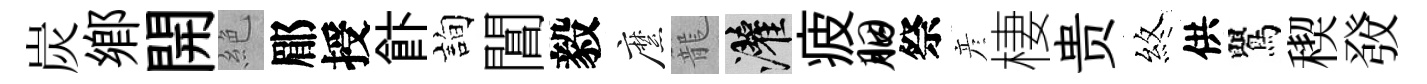
炭鄉開絶郿授飰詢閶毅縻籠灌疲胭祭彦棲贵煞供鸎稧𤼲